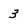
Character: 3